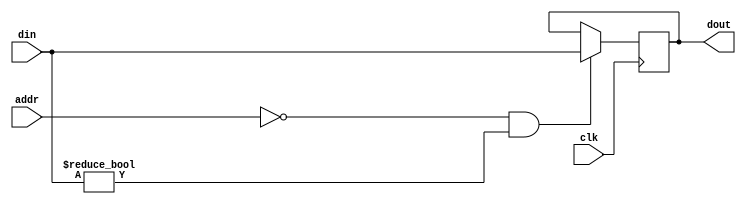
`timescale 1ns / 1ps
//////////////////////////////////////////////////////////////////////////////////
// Company: 
// Engineer: 
// 
// Design Name: 
// Module Name: func
// Project Name: 
// Target Devices: 
// Tool Versions: 
// Description: 
// 
// Dependencies: 
// 
// Revision:
// Revision 0.01 - File Created
// Additional Comments:
// 
//////////////////////////////////////////////////////////////////////////////////


module func(
input clk,
input [5:0]addr,
input [31:0] din,
output reg [31:0] dout
    );
 always@(posedge clk)
 begin
 if(addr==0 && din !=0)
 dout=din;
 else
 dout=dout;
 end
endmodule